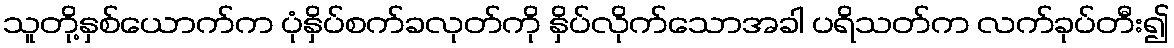
သူတို့နှစ်ယောက်က ပုံနှိပ်စက်ခလုတ်ကို နှိပ်လိုက်သောအခါ ပရိသတ်က လက်ခုပ်တီး၍